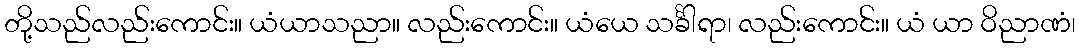
တို့သည်လည်းကောင်း။ ယံယာသညာ။ လည်းကောင်း။ ယံယေ သင်္ခါရာ၊ လည်းကောင်း။ ယံ ယာ ဝိညာဏံ၊